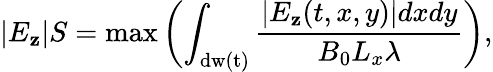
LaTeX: |E_{\mathbf{z}}|S=\mathrm{{max}}\left(\int_{\mathrm{{dw(t)}}}\frac{{|E_{\mathbf{z}}(t,x,y)|dxdy}}{{B_{0}L_{x}\lambda}}\right),